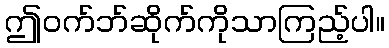
ဤဝက်ဘ်ဆိုက်ကိုသာကြည့်ပါ။